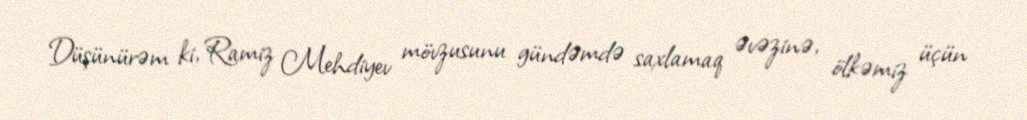
Düşünürəm ki, Ramiz Mehdiyev mövzusunu gündəmdə saxlamaq əvəzinə, ölkəmiz üçün